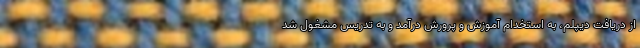
از دریافت دیپلم، به استخدام آموزش و پرورش درآمد و به تدریس مشغول شد